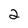
Character: 2